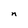
Character: n